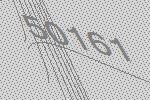
50161